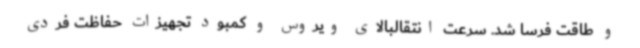
و طاقت فرسا شد. سرعت انتقالبالای ویروس و کمبود تجهیزات حفاظت فردی